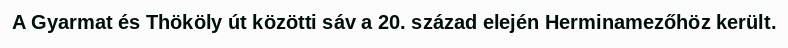
A Gyarmat és Thököly út közötti sáv a 20. század elején Herminamezőhöz került.